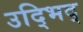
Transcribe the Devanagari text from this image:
उद्भिद्